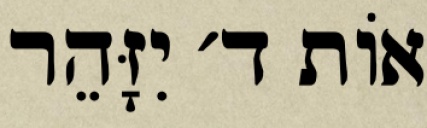
אוֹת ד׳ יִזָּהֵר